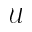
\mathcal { U }